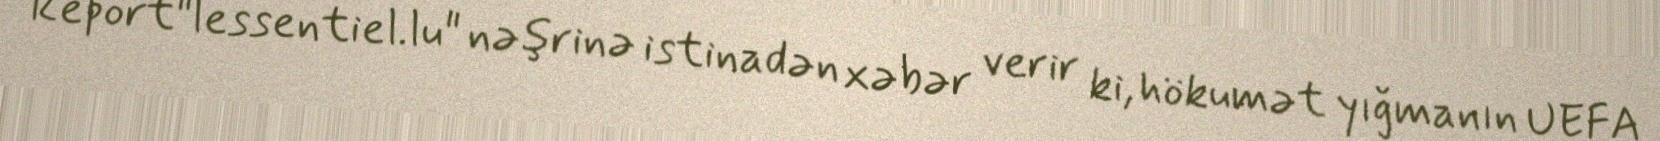
Report"lessentiel.lu" nəşrinə istinadən xəbər verir ki, hökumət yığmanın UEFA